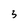
Character: 3